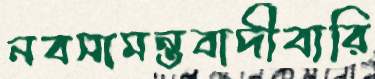
নবসামন্তবাদীবারি